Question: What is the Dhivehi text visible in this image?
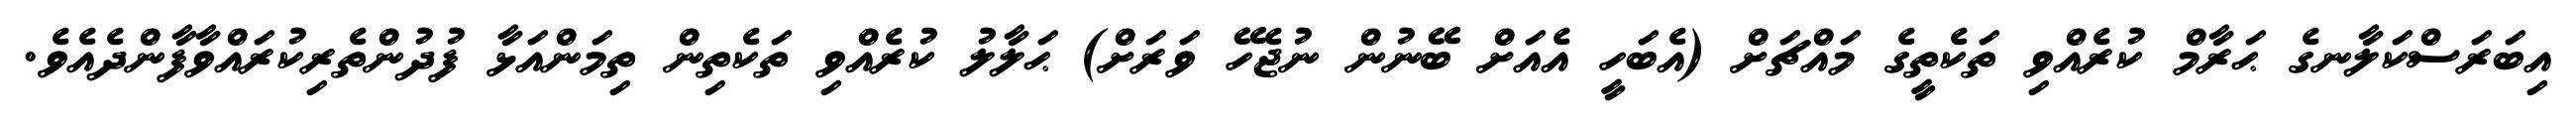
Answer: އިބަރަސްކަލާނގެ ޙަރާމް ކުރެއްވި ތަކެތީގެ މައްޗަށް (އެބަހީ އެއަށް ބޭނުން ނުޖެހޭ ވަރަށް) ޙަލާލު ކުރެއްވި ތަކެތިން ތިމަންއަޅާ ފުދުންތެރިކުރައްވާފާންދެއެވެ.